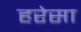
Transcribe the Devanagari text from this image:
हरेसा